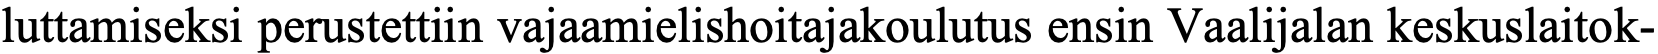
luttamiseksi perustettiin vajaamielishoitajakoulutus ensin Vaalijalan keskuslaitok-